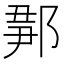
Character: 𨜉